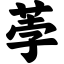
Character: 荸